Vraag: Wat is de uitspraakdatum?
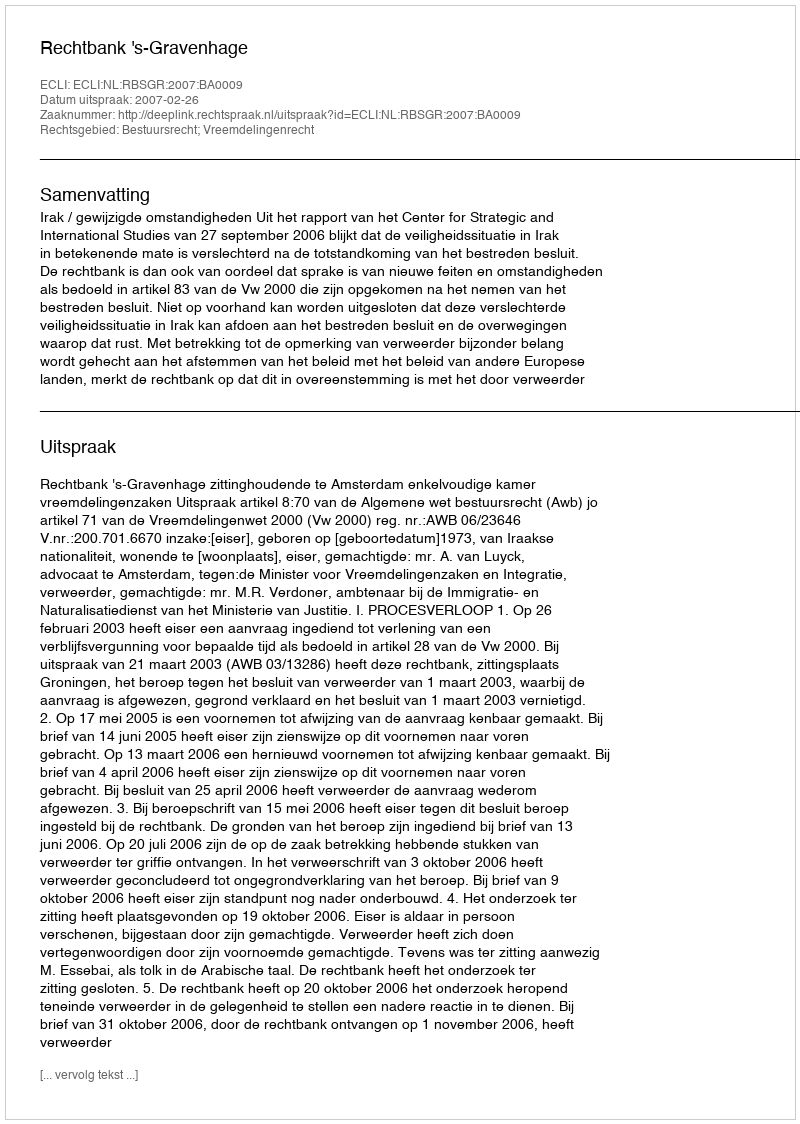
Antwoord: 2007-02-26